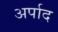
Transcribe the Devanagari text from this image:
अर्पाद